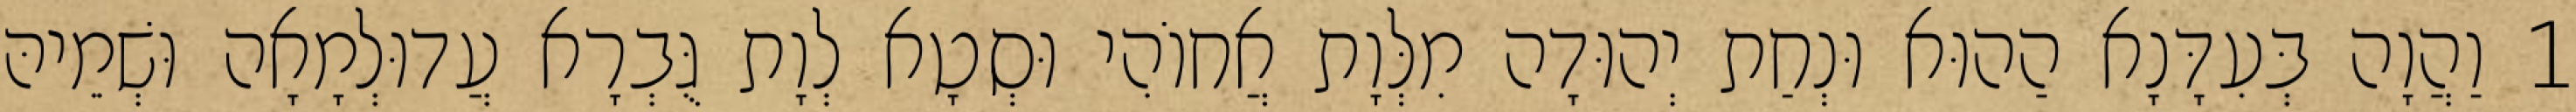
1 וַהֲוָה בְּעִדָּנָא הַהוּא וּנְחַת יְהוּדָה מִלְּוָת אֲחוֹהִי וּסְטָא לְוָת גֻּבְרָא עֲדוּלְמָאָה וּשְׁמֵיהּ